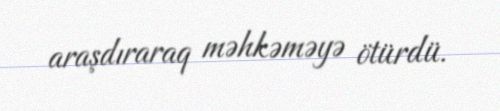
araşdıraraq məhkəməyə ötürdü.